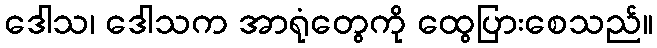
ဒေါသ၊ ဒေါသက အာရုံတွေကို ထွေပြားစေသည်။